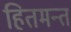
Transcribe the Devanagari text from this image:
हितमन्त